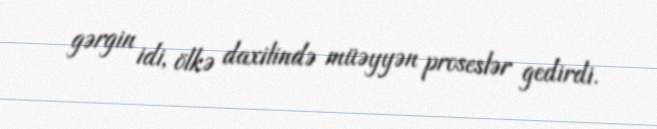
gərgin idi, ölkə daxilində müəyyən proseslər gedirdi.